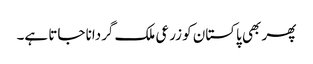
پھر بھی پاکستان کو زرعی ملک گردانا جاتا ہے۔